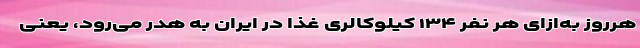
هرروز به‌ازای هر نفر ۱۳۴ کیلوکالری غذا در ایران به هدر می‌رود، یعنی